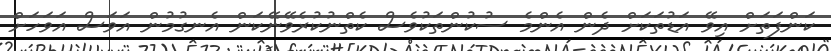
ކަންފަތަށް އިވޭ އަޑުތަކަށް ދެން އެންމެ ސުކުންތަކުވެސް ކެތްނުކުރެވޭނޭކަން އެނގުމުން އަވަސް އަވަހަށް